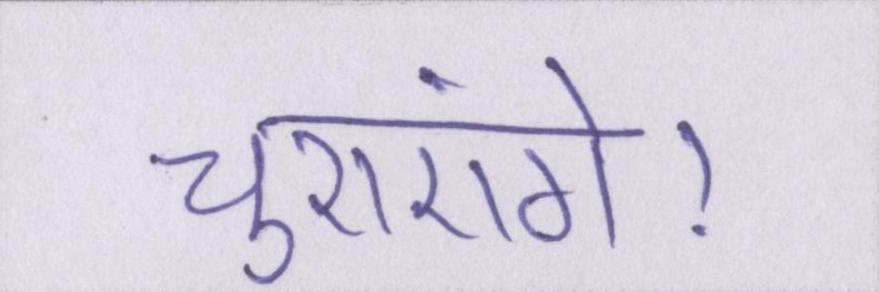
चुराएंगे।